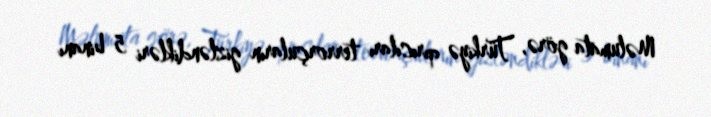
Məlumata görə, Türkiyə qırıcıları terrorçuların gizləndikləri 5 binanı